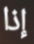
إذا